Civil Veterinary Department. Madras. Admin. report 1926-33 - 1926-1933
Year: 1926
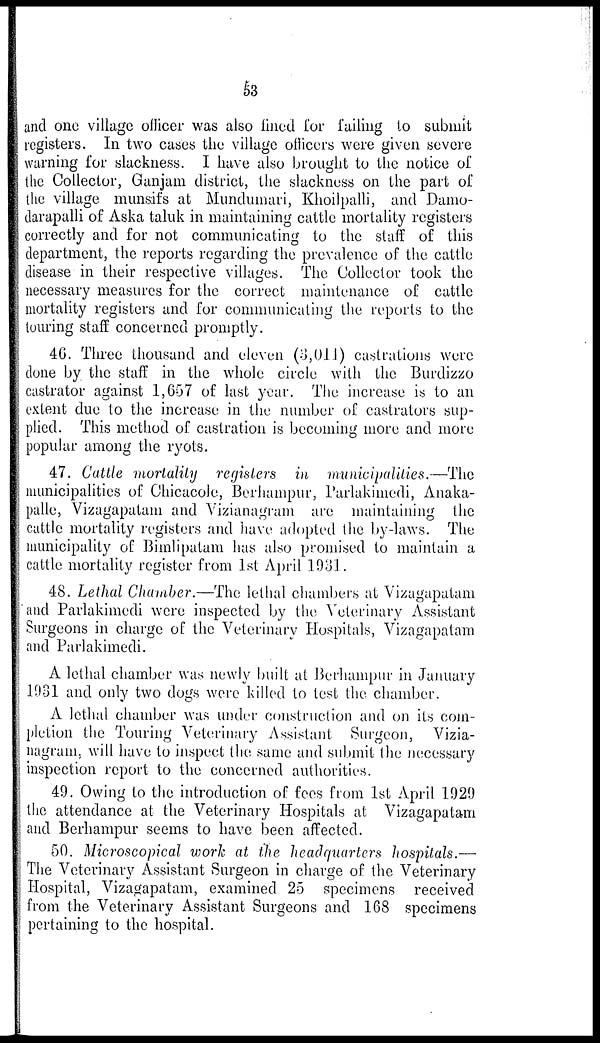
53
and one village officer was also fined for failing to submit
registers. In two cases the village officers were given severe
warning for slackness. I have also brought to the notice of
the Collector, Ganjam district, the slackness on the part of
the village munsifs at Mundumari, Khoilpalli, and Damo-
darapalli of Aska taluk in maintaining cattle mortality registers
correctly and for not communicating to the staff of this
department, the reports regarding the prevalence of the cattle
disease in their respective villages. The Collector took the
necessary measures for the correct maintenance of cattle
mortality registers and for communicating the reports to the
touring staff concerned promptly.
46. Three thousand and eleven (3,011) castrations were
done by the staff in the whole circle with the Burdizzo
castrator against 1,657 of last year. The increase is to an
extent due to the increase in the number of castrators sup-
plied. This method of castration is becoming more and more
popular among the ryots.
47. Cattle mortality registers in
municipalities.—The
municipalities of Chicacole, Berhampur, Parlakimedi, Anaka-
palle, Vizagapatam and Vizianagram are maintaining the
cattle mortality registers and have adopted the by-laws. The
municipality of Bimlipatam has also promised to maintain a
cattle mortality register from 1st April 1931.
48. Lethal Chamber.—The lethal chambers at Vizagapatam
and Parlakimedi were inspected by the Veterinary Assistant
Surgeons in charge of the Veterinary Hospitals, Vizagapatam
and Parlakimedi.
A lethal chamber was newly built at Berhampur in January
1931 and only two dogs were killed to test the chamber.
A lethal chamber was under construction and on its com-
pletion the Touring Veterinary Assistant Surgeon, Vizia-
nagram. will have to inspect the same and submit the necessary
inspection report to the concerned authorities.
49. Owing to the introduction of fees from 1st April 1929
the attendance at the Veterinary Hospitals at Vizagapatam
and Berhampur seems to have been affected.
50. Microscopical work at the headquarters hospitals.—
The Veterinary Assistant Surgeon in charge of the Veterinary
Hospital, Vizagapatam, examined 25 specimens received
from the Veterinary Assistant Surgeons and 168 specimens
pertaining to the hospital.